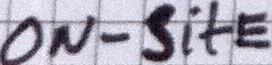
ON-SitE